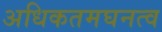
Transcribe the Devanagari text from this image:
अधिकतमघनत्व